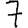
Digit: 7